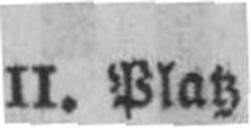
II. Platz